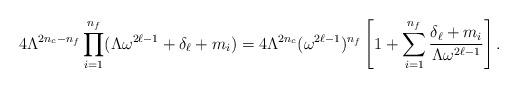
LaTeX: \begin{align*}4 \Lambda^{2n_{c}-n_{f}} \prod_{i=1}^{n_{f}} (\Lambda \omega^{2\ell-1} + \delta_{\ell} + m_{i}) = 4 \Lambda^{2n_{c}} (\omega^{2\ell-1})^{n_{f}} \left[ 1 + \sum_{i=1}^{n_{f}} \frac{\delta_{\ell} + m_{i}}{\Lambda \omega^{2\ell-1}} \right]. \end{align*}